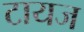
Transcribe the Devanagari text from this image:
टायज